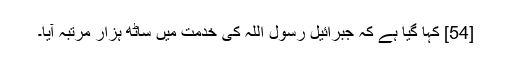
[54] کہا گیا ہے کہ جبرائیل رسول اللہ کی خدمت میں ساٹھ ہزار مرتبہ آیا۔